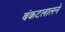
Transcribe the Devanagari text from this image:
बंकटलालने